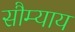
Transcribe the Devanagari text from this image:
सौम्याय